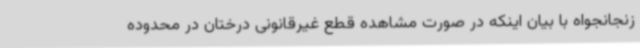
زنجانجواه با بیان اینکه در صورت مشاهده قطع غیرقانونی درختان در محدوده